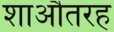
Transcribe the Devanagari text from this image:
शाऔतरह